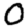
Digit: 0